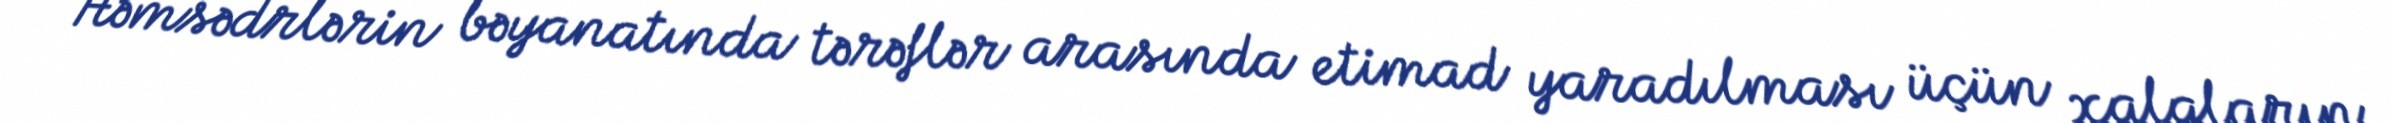
Həmsədrlərin bəyanatında tərəflər arasında etimad yaradılması üçün xalqların